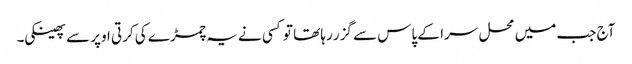
آج جب میں محل سرا کے پاس سے گزر رہا تھا تو کسی نے یہ چمڑے کی کرتی اوپر سے پھینکی۔